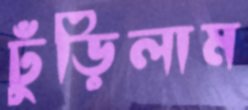
ঢুঁড়িলাম